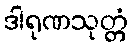
ဒါရုဏသုတ္တံ